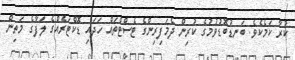
ކުރާ ކަމެކެވެ. ބަނޑުބޮޑުވުމުގެ ކުރިން ދެމަފިރިންގެ ޓެސްޓްތައް ހަދައި ޑޮކްޓަރެއްގެ ލަފާގެ މަތިން